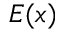
E ( x )